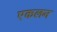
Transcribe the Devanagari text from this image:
एकलन